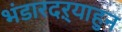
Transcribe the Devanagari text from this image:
भंडारदऱ्याहुन